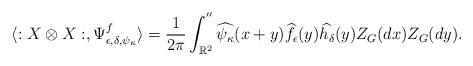
LaTeX: \begin{align*}\langle :X\otimes X:,\Psi_{\epsilon,\delta,\psi_\kappa}^f \rangle =\frac{1}{2\pi} \int_{\mathbb{R}^2}^{''} \widehat{\psi_\kappa}(x+y)\widehat{f_\epsilon}(y)\widehat{h_\delta}(y)Z_G(dx)Z_G(dy).\end{align*}